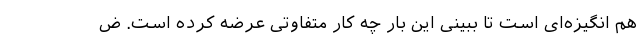
هم انگیزه‌ای است تا ببینی این بار چه کار متفاوتی عرضه کرده است. ض